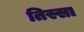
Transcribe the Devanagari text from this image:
तिस्सा